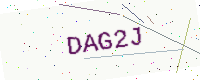
Text: DAG2J